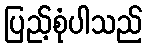
ပြည့်စုံပါသည်